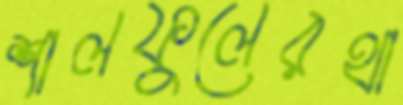
শালফুলেরথা